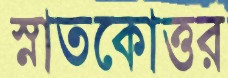
স্নাতকোত্তর